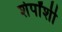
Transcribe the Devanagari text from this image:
शेर्पांशी